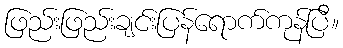
ဖြည်းဖြည်းချင်းပြန်ရောက်ကုန်ပြီ။